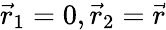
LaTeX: \vec{r}_{1}=0,\vec{r}_{2}=\vec{r}